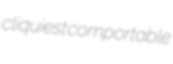
cliquiest comportable